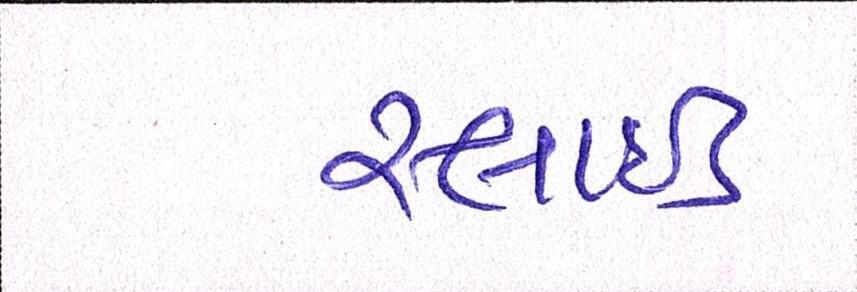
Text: સ્લાઇડ